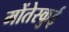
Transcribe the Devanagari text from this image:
मोंतेस्कुई